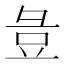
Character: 𭛏